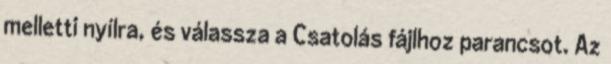
melletti nyílra, és válassza a Csatolás fájlhoz parancsot. Az